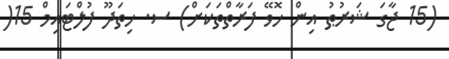
(15 ޖާގަ ޝަރުޠު އިން ހޮވޭ ފަރާތްތަކަށް) ސ. ހިތަދޫ ފުލްޓައިމް 15(